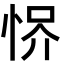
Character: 𢚻